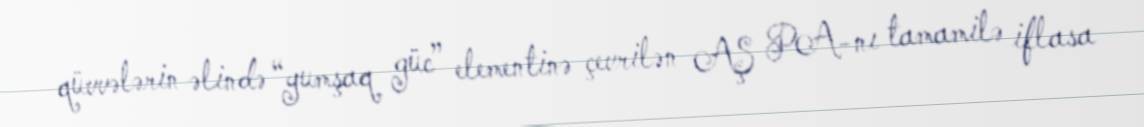
qüvvələrin əlində “yumşaq güc” elementinə çevrilən AŞ PA-nı tamamilə iflasa